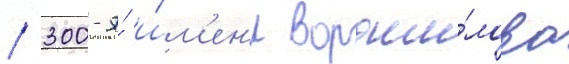
/ 300-я́ и́м'ен'и вороши́лова